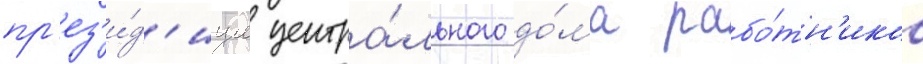
пр'ез'и́д'иум центра́льного до́ма рабо́тн'иков